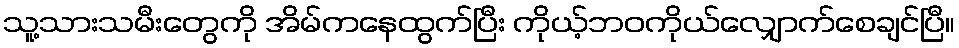
သူ့သားသမီးတွေကို အိမ်ကနေထွက်ပြီး ကိုယ့်ဘဝကိုယ်လျှောက်စေချင်ပြီ။